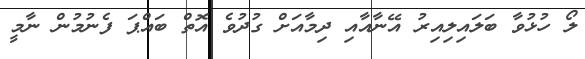
ލޯ ހުޅުވާ ބަލައިލިއިރު އޭނާއާއި ދިމާއަށް ގުދުވެ އޮތް ބައްޕަ ފެނުމުން ނާމީ